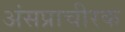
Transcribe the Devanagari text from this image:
अंसप्राचीरक